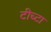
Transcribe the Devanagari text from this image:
टीच्टा